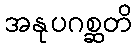
အနုပဂစ္ဆတိ